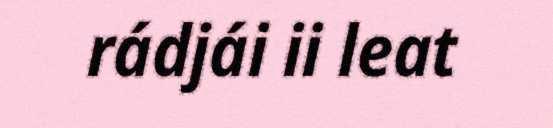
rádjái ii leat